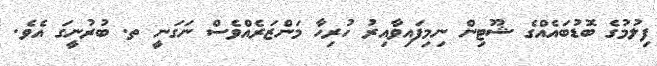
ފިލުމުގެ ބޮޑުބައެއްގެ ޝޫޓިން ނިމިފައިވާއިރު ހުރިހާ މަންޒަރެއްވެސް ނަގަނީ ތ. ބުރުނީގަ އެވެ.